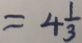
= 4 \frac { 1 } { 3 }